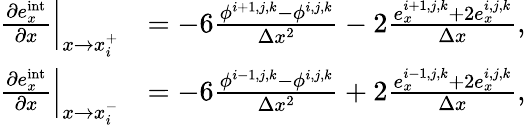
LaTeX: \begin{array}{rl}{\left.\frac{\partial e_{x}^{\mathrm{int}}}{\partial x}\right|_{x\to x_{i}^{+}}}&{=-6\frac{\phi^{i+1,j,k}-\phi^{i,j,k}}{\Delta x^{2}}-2\frac{e_{x}^{i+1,j,k}+2e_{x}^{i,j,k}}{\Delta x},}\\ {\left.\frac{\partial e_{x}^{\mathrm{int}}}{\partial x}\right|_{x\to x_{i}^{-}}}&{=-6\frac{\phi^{i-1,j,k}-\phi^{i,j,k}}{\Delta x^{2}}+2\frac{e_{x}^{i-1,j,k}+2e_{x}^{i,j,k}}{\Delta x},}\end{array}